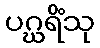
ပဂ္ဃရိံသု